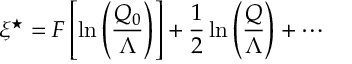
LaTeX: \xi ^ { \star } = F \left[ \ln \left( \frac { Q _ { 0 } } { \Lambda } \right) \right] + \frac { 1 } { 2 } \ln \left( \frac { Q } { \Lambda } \right) + \cdots